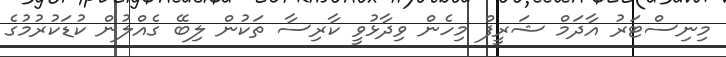
މިނިސްޓަރު އާދަމް ޝަރީފް މިހެން ވިދާޅުވީ ކާރިސާ ތަކުން ލިބޭ ގެއްލުން ކުޑަކުރުމުގެ